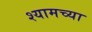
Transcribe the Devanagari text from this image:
श्यामच्या